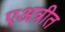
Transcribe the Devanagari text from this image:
एअत्रीत